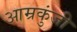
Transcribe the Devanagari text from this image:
आम्रकुंजी